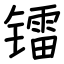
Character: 镭